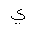
Letter: _ya